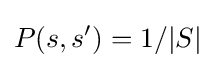
P(s,s')=1/|S|